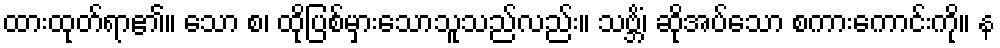
ထားထုတ်ရာ၏။ သော စ၊ ထိုပြစ်မှားသောသူသည်လည်း။ သဗ္ဘိံ၊ ဆိုအပ်သော စကားကောင်းကို။ န